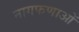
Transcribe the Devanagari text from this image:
नागफणाओं